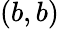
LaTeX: (b,b)